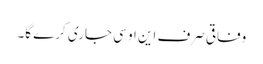
وفاقی صرف این او سی جاری کرے گا۔